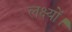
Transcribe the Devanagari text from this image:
लक्ष्यों।